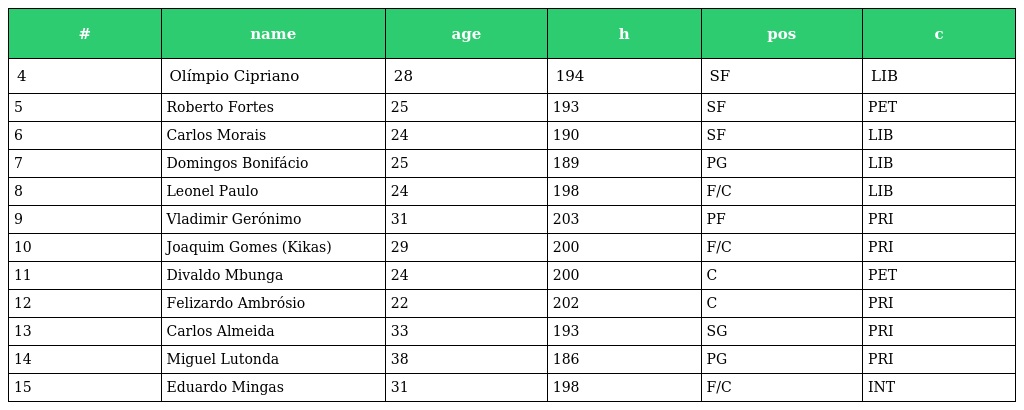
| # | name | age | h | pos | c |
 | --- | --- | --- | --- | --- | --- |
 | 4 | Olímpio Cipriano | 28 | 194 | SF | LIB |
 | 5 | Roberto Fortes | 25 | 193 | SF | PET |
 | 6 | Carlos Morais | 24 | 190 | SF | LIB |
 | 7 | Domingos Bonifácio | 25 | 189 | PG | LIB |
 | 8 | Leonel Paulo | 24 | 198 | F/C | LIB |
 | 9 | Vladimir Gerónimo | 31 | 203 | PF | PRI |
 | 10 | Joaquim Gomes (Kikas) | 29 | 200 | F/C | PRI |
 | 11 | Divaldo Mbunga | 24 | 200 | C | PET |
 | 12 | Felizardo Ambrósio | 22 | 202 | C | PRI |
 | 13 | Carlos Almeida | 33 | 193 | SG | PRI |
 | 14 | Miguel Lutonda | 38 | 186 | PG | PRI |
 | 15 | Eduardo Mingas | 31 | 198 | F/C | INT |